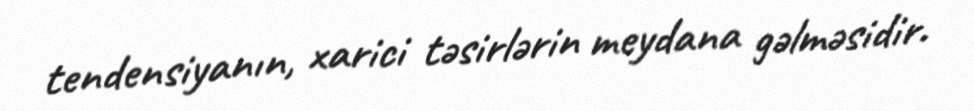
tendensiyanın, xarici təsirlərin meydana gəlməsidir.